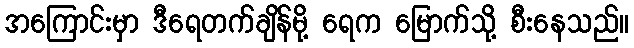
အကြောင်းမှာ ဒီရေတက်ချိန်မို့ ရေက မြောက်သို့ စီးနေသည်။